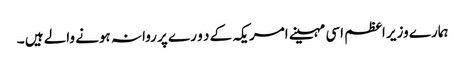
ہمارے وزیر اعظم اسی مہینے امریکہ کے د و ر ے پر روانہ ہونے والے ہیں ۔